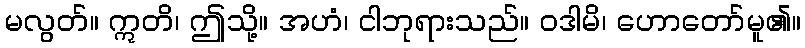
မလွတ်။ ဣတိ၊ ဤသို့။ အဟံ၊ ငါဘုရားသည်။ ဝဒါမိ၊ ဟောတော်မူ၏။